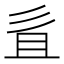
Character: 𢒉